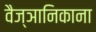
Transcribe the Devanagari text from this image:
वैज्ञानिकाना